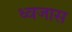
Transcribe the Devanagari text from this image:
ध्वजास